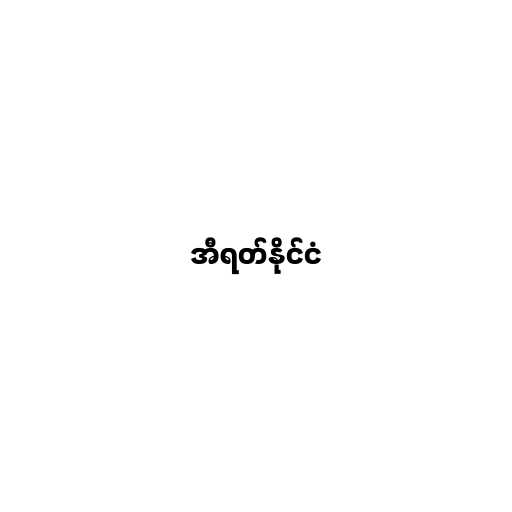
အီရတ်နိုင်ငံ